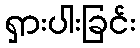
ရှားပါးခြင်း